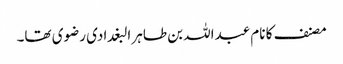
مصنف کا نام عبداللہ بن طاہر البغدادی رضوی تھا۔